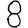
Digit: 8